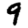
Digit: 9